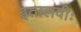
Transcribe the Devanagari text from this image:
इतालवीः